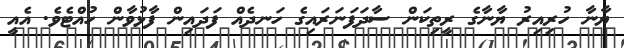
ޔާނާ ހުރިއިރު ޔާނާގެ ރީތިކަން ސާދަފަނަރައިގެ ހަނދެއް ފަދައިން ފާޅުވާން ހުއްޓެވެ. އެއީ